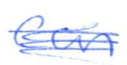
Text: from.
Cross-out: scratch
Writing tool: ballpoint